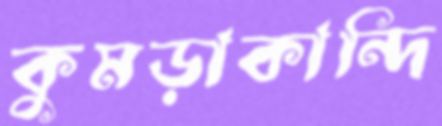
কুমড়াকান্দি